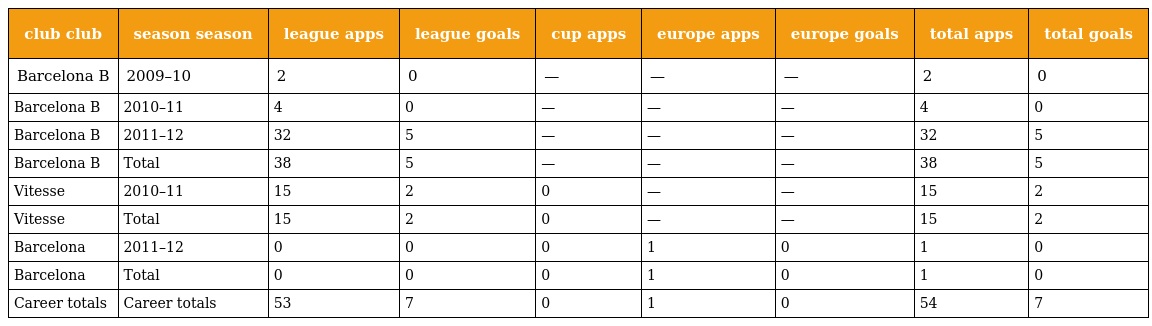
| club club | season season | league apps | league goals | cup apps | europe apps | europe goals | total apps | total goals |
 | --- | --- | --- | --- | --- | --- | --- | --- | --- |
 | Barcelona B | 2009–10 | 2 | 0 | — | — | — | 2 | 0 |
 | Barcelona B | 2010–11 | 4 | 0 | — | — | — | 4 | 0 |
 | Barcelona B | 2011–12 | 32 | 5 | — | — | — | 32 | 5 |
 | Barcelona B | Total | 38 | 5 | — | — | — | 38 | 5 |
 | Vitesse | 2010–11 | 15 | 2 | 0 | — | — | 15 | 2 |
 | Vitesse | Total | 15 | 2 | 0 | — | — | 15 | 2 |
 | Barcelona | 2011–12 | 0 | 0 | 0 | 1 | 0 | 1 | 0 |
 | Barcelona | Total | 0 | 0 | 0 | 1 | 0 | 1 | 0 |
 | Career totals | Career totals | 53 | 7 | 0 | 1 | 0 | 54 | 7 |